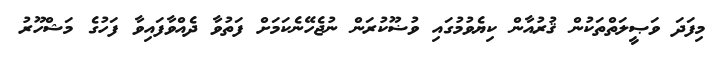
މިފަދަ ވަޞީލަތްތަކުން ޤުރުއާން ކިޔެވުމުގައި ވުޟޫކުރަން ނުޖެހޭނެކަމަށް ފަތުވާ ދެއްވާފައިވާ ފަހުގެ މަޝްހޫރު